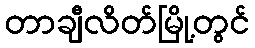
တာချီလိတ်မြို့တွင်